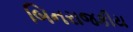
બિનરાજકીય